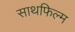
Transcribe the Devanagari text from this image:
साथफिल्म